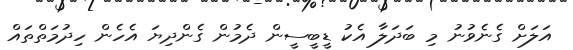
އަލަށް ގެނެވުނު މި ބަދަލާ އެކު ޑީބީސީން ދެމުން ގެންދިޔަ އެހެން ހިދުމަތްތައް